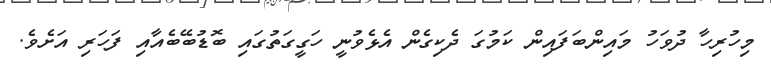
މިހުރިހާ ދުވަހު މައިންބަފައިން ކަމުގަ ދެކިގެން އެޅެވުނީ ހަގީގަތުގައި ބޮޑުބޭބެއާއި ފަހަރި އަށެވެ.